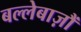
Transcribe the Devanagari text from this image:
बल्लेबाज़ौं